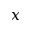
x